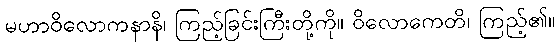
မဟာဝိလောကနာနိ၊ ကြည့်ခြင်းကြီးတို့ကို။ ဝိလောကေတိ၊ ကြည့်၏။